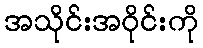
အသိုင်းအဝိုင်းကို